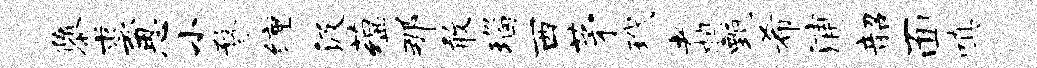
隳裘思小瞀缠汲蕴那敢瑙西茅玳翥甄希浦韶面嗔